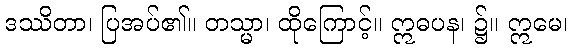
ဒဿိတာ၊ ပြအပ်၏။ တသ္မာ၊ ထိုကြောင့်။ ဣဓပန၊ ၌။ ဣမေ၊